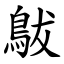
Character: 䳁